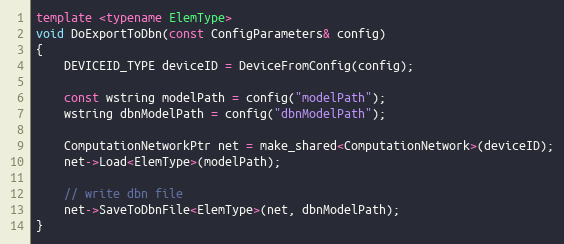
Language: C++
template <typename ElemType>
void DoExportToDbn(const ConfigParameters& config)
{
    DEVICEID_TYPE deviceID = DeviceFromConfig(config);

    const wstring modelPath = config("modelPath");
    wstring dbnModelPath = config("dbnModelPath");

    ComputationNetworkPtr net = make_shared<ComputationNetwork>(deviceID);
    net->Load<ElemType>(modelPath);

    // write dbn file
    net->SaveToDbnFile<ElemType>(net, dbnModelPath);
}